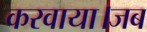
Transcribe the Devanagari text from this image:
करवाया।जब